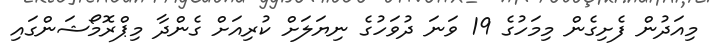
މިއަދުން ފެށިގެން މިމަހުގެ 19 ވަނަ ދުވަހުގެ ނިޔަލަށް ކުރިއަށް ގެންދާ މިޕްރޮމޯޝަންގައި